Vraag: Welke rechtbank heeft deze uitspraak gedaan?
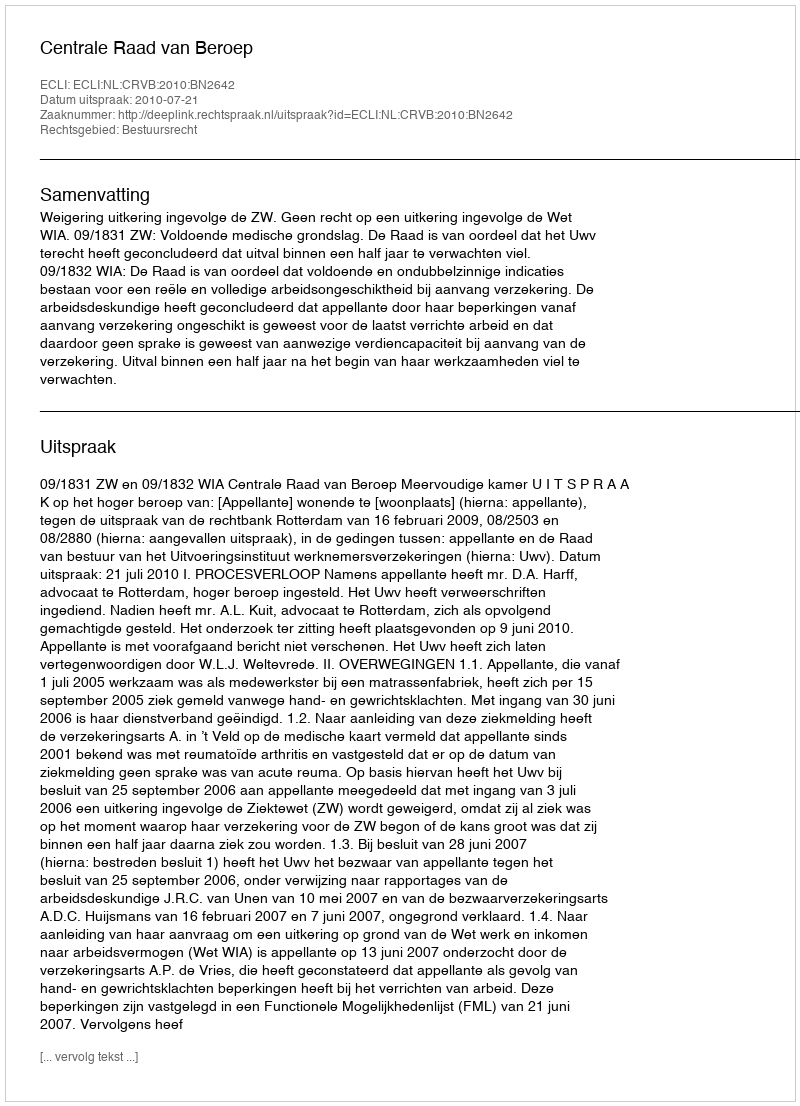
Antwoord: Centrale Raad van Beroep